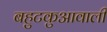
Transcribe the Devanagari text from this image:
बहुटकुआवाली